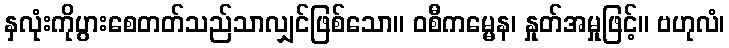
နှလုံးကိုပွားစေတတ်သည်သာလျှင်ဖြစ်သော။ ဝစီကမ္မေန၊ နှုတ်အမှုဖြင့်။ ဗဟုလံ၊